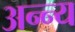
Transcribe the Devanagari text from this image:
अन्न्य